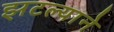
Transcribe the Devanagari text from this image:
झटल्याने